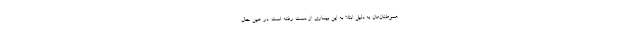
هموطنان‌مان به دلیل ابتلا به این بیماری از دست رفته است. در عین حال